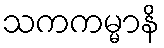
သကကမ္မာနိ